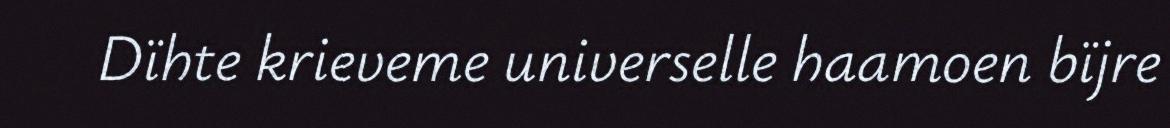
Dïhte krieveme universelle haamoen bïjre